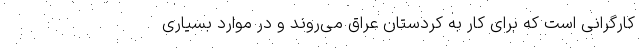
کارگرانی است که برای کار به کردستان عراق می‌روند و در موارد بسیاری